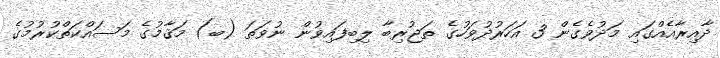
ދާއިރާއެއްގައި މަދުވެގެން 3 އަހަރުދުވަހުގެ ތަޖުރިބާ ލިބިފައިވުން ނުވަތަ (ބ) މަޤާމުގެ މަސައްކަތްކުރުމުގެ